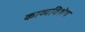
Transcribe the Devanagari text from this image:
काव्यविशेष